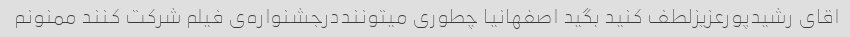
اقای رشیدپورعزیزلطف کنید بگید اصفهانیا چطوری میتوننددرجشنواره‌ی فیلم شرکت کنند ممنونم